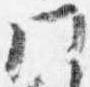
門